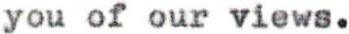
you of our views.